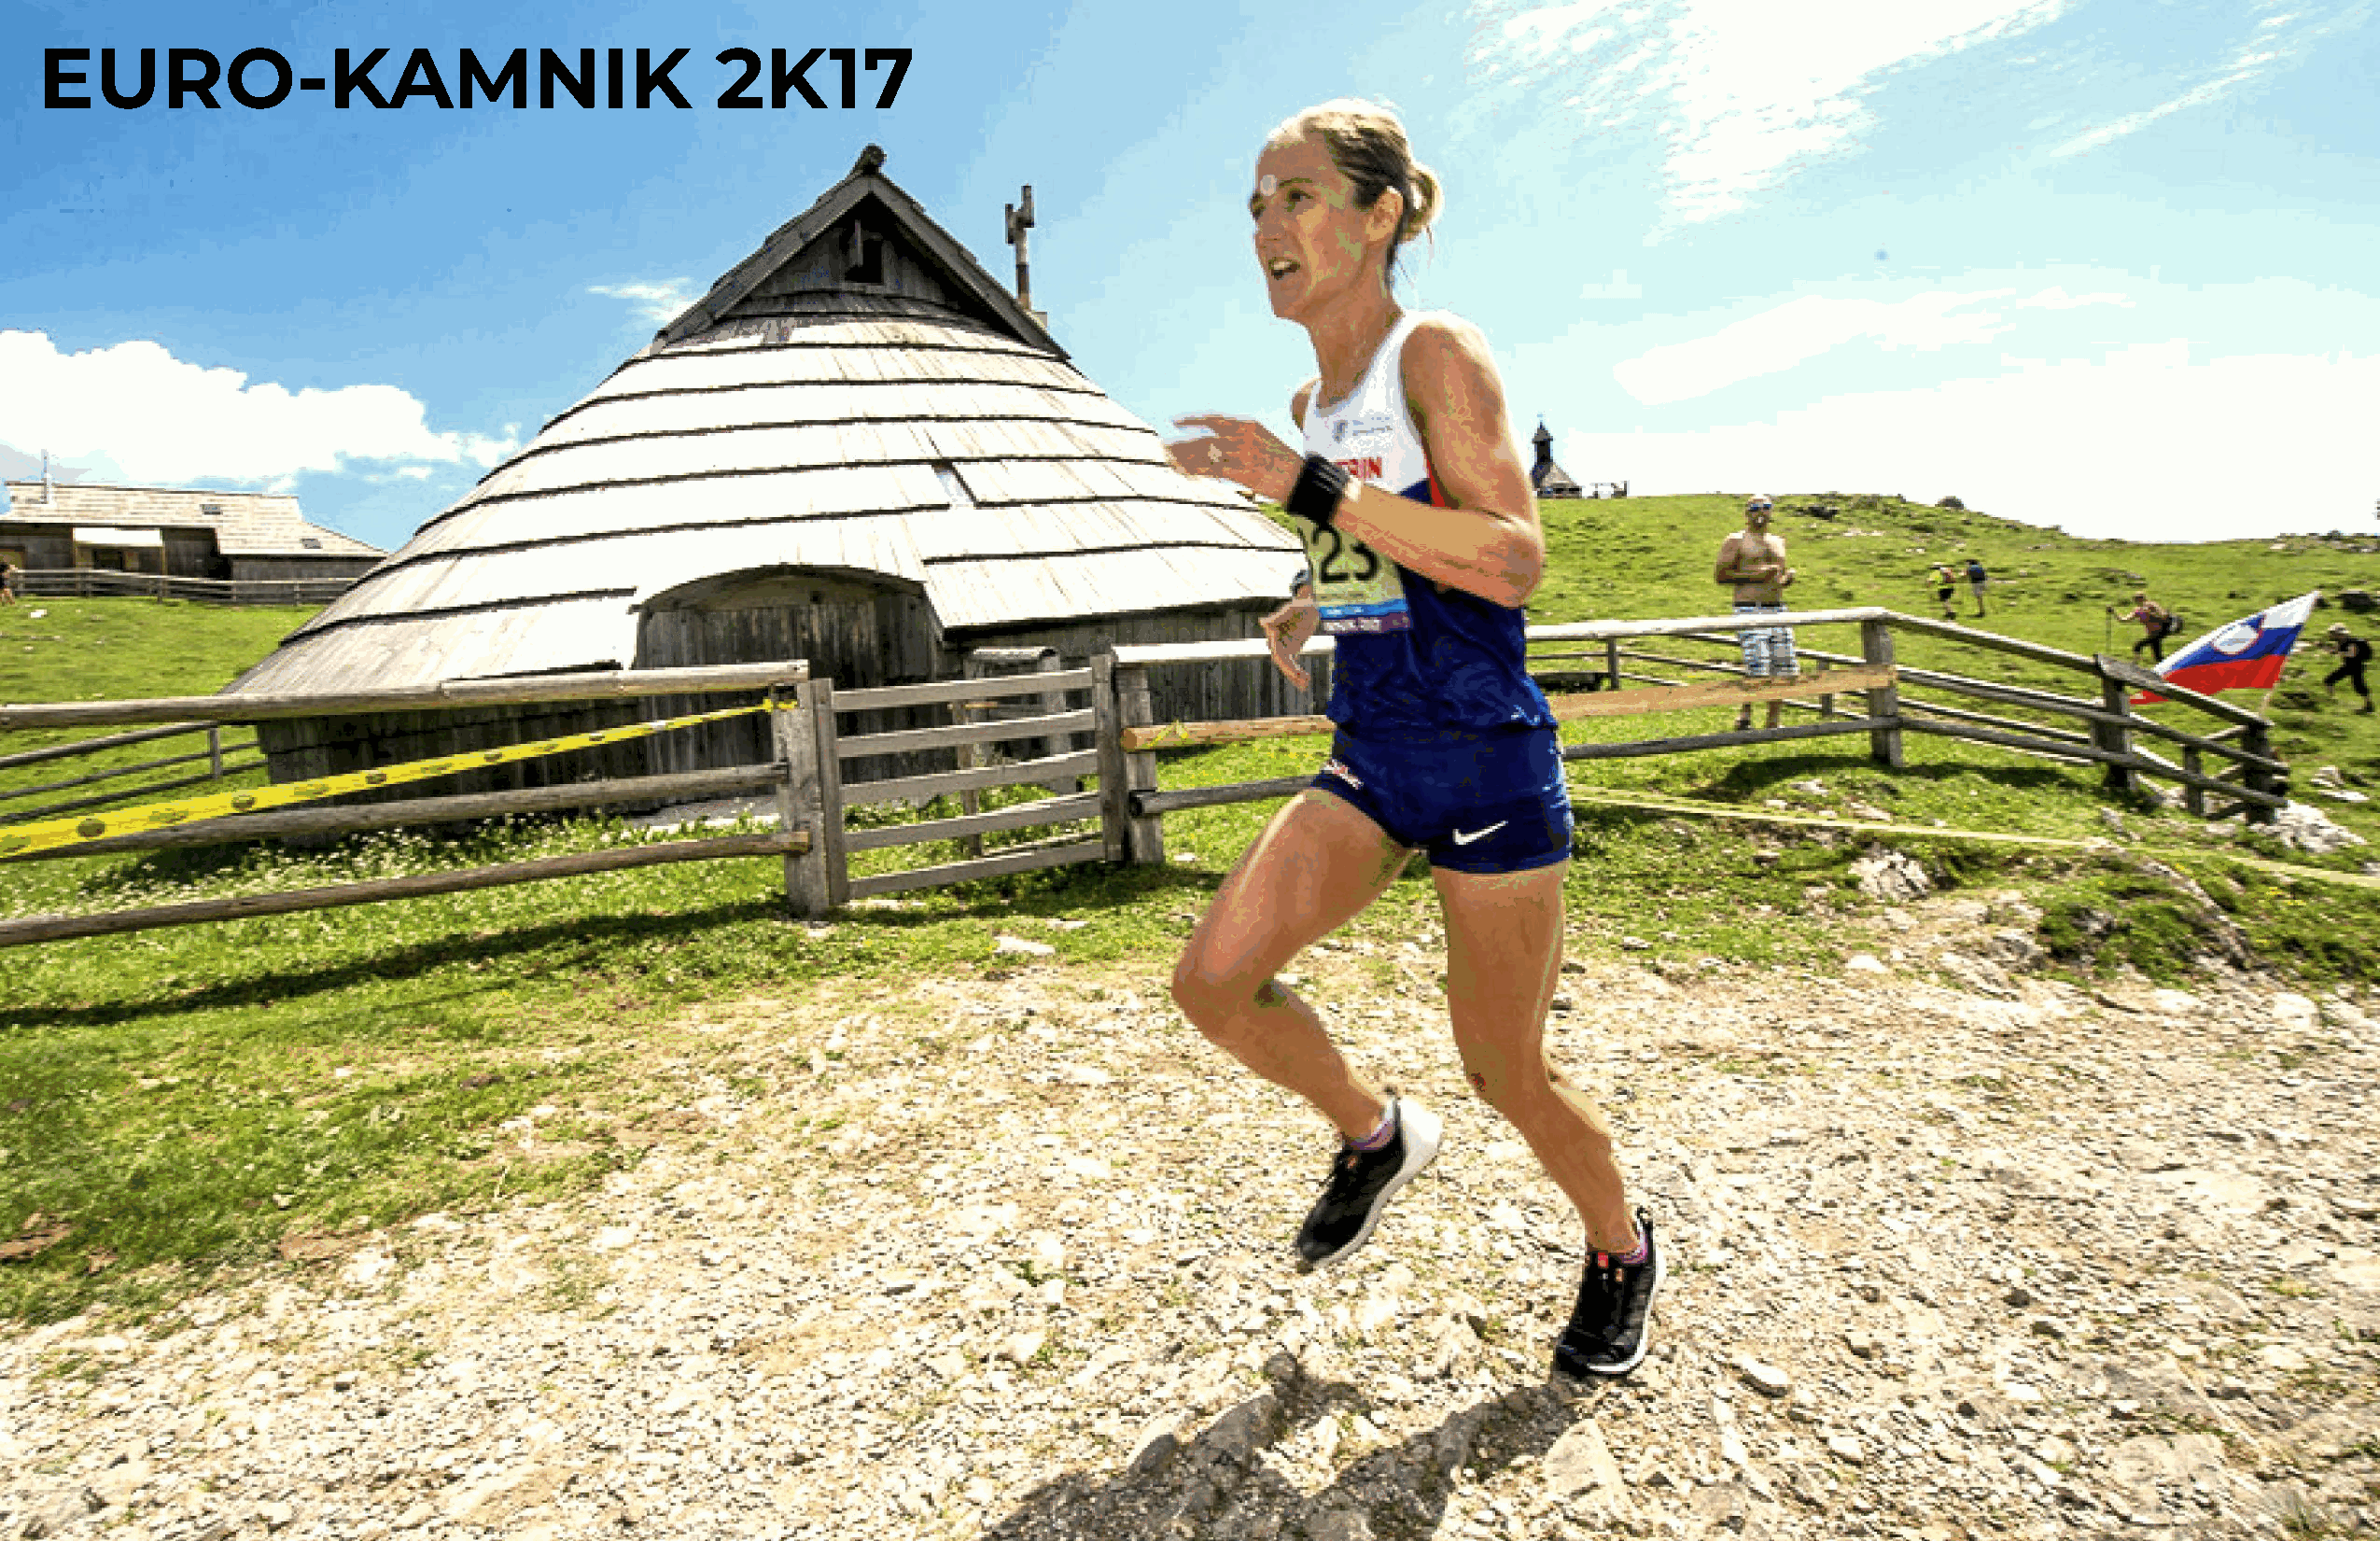
EURO-KAMNIK                                     2K17